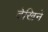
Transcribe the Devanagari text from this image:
देखिने